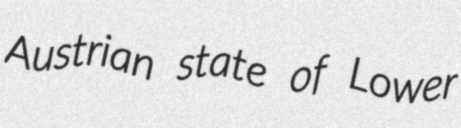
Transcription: Austrian state of Lower